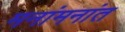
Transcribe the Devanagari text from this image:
मनांमनांत